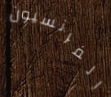
الفرنسيون